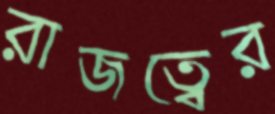
রাজত্বের